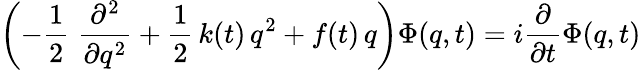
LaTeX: \left(-\frac 12\; \frac{\partial^{2}}{\partial q^{2}}+\frac 12\, k(t)\, q^{2}+f(t)\, q\right)\Phi(q,t)=i\frac\partial{\partial t}\Phi(q,t)